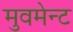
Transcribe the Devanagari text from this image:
मुवमेन्ट